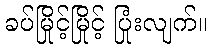
ခပ်မြိုင့်မြိုင့် ပြုံးလျက်။